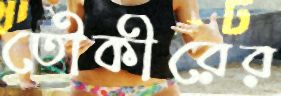
তৌকীরের